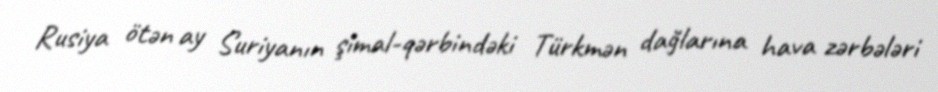
Rusiya ötən ay Suriyanın şimal-qərbindəki Türkmən dağlarına hava zərbələri